Lunatic asylums Burma 1907-21 - 1907-1921
Year: 1907
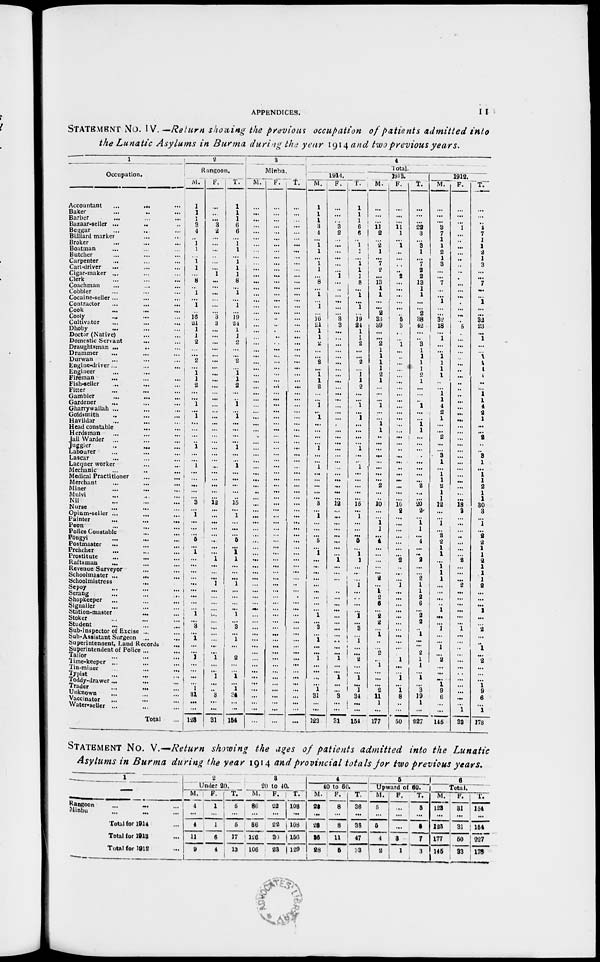
APPENDICES.
11
STATEMENT No. IV. —Return, showing the previous occupation of patients admitted into
the Lunatic Asylums in Burma during the year 1914 and two previous years.
1
Occupation.
Accountant
...
...
...
Baker
...
...
...
Barber ... ... ...
Bazaar-seller ... ... ...
Beggar ... ... ...
Billiard marker ... ...
Broker ... ... ...
Boatman ... ... ...
Butcher ... ... ...
Carpenter ... ... ...
Cart-driver ... ... ...
Cigar-maker ... ... ...
Clerk ... ... ...
Coachman
... ... ...
Cobbler
...
...
...
Cocaine-seller...
...
...
Contractor
...
...
...
Cook ... ... ...
Cooly
...
...
...
Cultivator
...
...
...
Dhoby
...
...
...
Doctor (Native) ... ...
Domestic Servant ... ...
Draughtsman ... ... ...
Drummer ... ... ...
Durwan
...
...
...
Engine-driver ... ... ...
Engineer ... ... ...
Fireman ... ... ...
Fish-seller ... ... ...
Fitter ... ... ...
Gambler ... ... ...
Gardener ... ... ...
Gharrywallah ... ... ...
Goldsmith ... ... ...
Havildar ... ... ...
Head constable ... ... ...
Herdsman ... ... ...
Jail Warder ... ... ...
Juggler ... ... ...
Labourer ... ... ...
Lascar ... ... ...
Lacquer worker ... ...
Mechanic ... ...
Medical Practitioner ... ...
Merchant
...
...
...
Miner ... ... ...
Mulvi ... ... ...
Nil ... ... ...
Nurse ... ... ...
Opium-seller ... ... ...
Painter ... ... ...
Peon ... ... ...
Police Constable ... ...
Pôngyi ... ... ...
Postmaster ... ... ...
Preacher ... ... ...
Prostitute ... ... ...
Raftsman ... ... ...
Revenue Surveyor ... ...
Schoolmaster ...
...
...
Schoolmistress ... ...
Sepoy ... ... ...
Serang
...
...
...
Shopkeeper
...
...
...
Signaller ... ... ...
Station-master
...
...
Stoker ... ... ...
Student ... ... ...
Sub-Inspector of Excise ...
Sub-Assistant Surgeon ...
...
Superintendent, Land Records ...
Superintendent of Police ... ...
Tailor ... ... ...
Time-keeper ... ... ...
Tin-miner ... ... ...
Typist ... ... ...
Toddy-drawer ... ... ...
Trader ... ... ...
Unknown ... ... ...
Vaccinator
...
...
...
Water-seller ... ... ...
Total ...
2
Rangoon.
M.
1
1
1
3
4
...
1
1
...
1
1
...
8
...
1
...
1
...
16
21
1
1
2
...
...
2
...
1
1
2
...
...
1
...
1
...
...
...
...
1
...
...
1
...
...
...
...
...
3
...
1
...
...
...
5
...
1
...
...
...
...
...
...
...
...
...
1
...
3
...
1
...
...
1
...
...
...
...
1
31
...
...
123
F.
...
...
...
3
2
...
...
...
...
...
...
1
...
...
...
...
...
...
3
3
...
...
...
...
...
...
...
...
...
...
...
...
...
...
...
...
...
...
...
...
...
...
...
...
...
...
...
...
12
...
...
...
...
...
...
...
...
1
...
...
...
1
...
...
...
...
...
...
...
...
...
...
...
1
...
...
1
...
...
3
...
...
31
T.
1
1
1
6
6
...
1
1
...
1
1
1
8
...
1
...
1
...
19
24
1
1
2
...
...
2
...
1
1
2
...
...
1
...
1
...
...
...
...
1
...
...
1
...
...
...
...
...
15
...
1
...
...
...
5
...
1
1
...
...
...
1
...
... ...
... 1
...
3
...
1
...
...
2
...
...
1
...
1
34
...
...
154
3
Minbu.
M.
...
...
...
...
...
...
...
...
...
...
...
...
...
...
...
...
...
...
...
...
...
...
...
...
...
...
...
...
...
...
...
...
...
...
...
...
...
...
...
...
...
...
...
...
...
...
...
...
...
...
...
...
...
...
...
...
...
...
...
...
...
...
...
...
...
...
...
...
...
...
...
...
...
...
...
...
...
...
...
...
...
...
...
F.
...
...
...
...
...
...
...
...
...
...
...
...
...
...
...
...
...
...
...
...
...
...
...
...
...
...
...
...
...
...
...
...
...
...
...
...
...
...
...
...
...
...
...
...
...
...
...
...
...
...
...
...
...
...
...
...
...
...
...
...
...
...
...
...
...
...
...
...
...
...
...
...
...
...
...
...
...
...
...
...
...
...
...
T.
...
...
...
...
...
...
...
...
...
...
...
...
...
...
...
...
...
...
...
...
...
...
...
...
...
...
...
...
...
...
...
...
...
...
...
...
...
...
...
...
...
...
...
...
...
...
...
...
...
...
...
...
...
...
...
...
...
...
...
...
...
...
...
...
...
...
...
...
...
...
...
...
...
...
...
...
...
...
...
...
...
...
...
4
Total.
1914.
M.
1
1
1
3
4
...
1
1
...
1 1
...
8
...
1
...
1
...
16 21
1
1
2
...
...
2
...
1
1
2
...
...
1
...
1
...
...
...
...
1
...
...
1
...
...
...
...
...
3
...
1
...
...
...
5
...
1
...
...
...
...
...
...
...
...
...
1
...
3
...
1
...
...
1
...
...
...
...
1
31
...
...
123
F.
...
...
...
3
2
...
...
...
...
...
...
1
...
...
...
...
...
...
3
3
...
...
...
...
...
...
...
...
...
...
...
...
...
...
...
...
...
...
...
...
...
...
...
...
...
...
...
...
12
...
...
...
...
...
...
...
...
1
...
...
...
...
...
...
...
...
...
...
...
...
...
...
...
1
...
...
1
...
...
3
...
...
31
T.
1
1
1
6
6
...
1
1
...
1
1
1
8
...
1
...
1
...
19
24
1
1
2
...
...
2
...
1
1
2
...
...
1
...
1
...
...
...
...
1
...
...
1
...
...
...
...
...
15
...
1
...
...
...
5
...
1 1
...
...
...
...
...
... ...
...
1
...
3
...
1
...
...
2
...
...
1
...
1
34
...
...
154
1913.
M.
...
...
...
11
2
...
1 1
...
7
2
...
13
1
1
...
...
2
33
39
...
...
2
1
1
1
1
2
1
...
...
...
1
...
...
1
1
...
...
...
...
...
...
...
...
2
...
...
10
...
...
1 1
...
4
...
...
...
...
...
2
...
1 2
6
...
2
2
...
1
...
...
2
...
1
...
...
...
2
11
1
...
177
F.
...
...
...
11
1
...
2
...
...
...
...
2
...
...
...
...
...
...
5
3
...
...
1
...
...
...
...
...
...
...
...
...
...
...
...
...
...
...
...
...
...
...
...
...
...
...
...
...
10 2
...
...
...
...
...
...
...
2
...
...
...
1
...
...
...
...
...
...
...
...
...
...
...
1
...
...
1
...
1
8
...
...
50
T.
...
...
...
22
3
...
3
1
...
7
2
2
13
1
1
...
...
2
38
42
...
...
3
1
1
1
1
2
1
...
...
...
1
...
...
1
1
...
...
...
...
...
...
...
...
2
...
...
20
2
...
1
1
...
4
...
...
2
...
...
2
1
1
2
6
...
2
2
...
1
...
...
2
1
1
...
1
...
3
19
1
...
227
1912.
M.
...
...
...
3
7
1
1
2
1
3
...
...
7
...
...
1
...
...
32
18
...
1
...
...
1
1
1
1
...
...
1
1
4
2
1
...
...
2
...
...
3
1
...
1
1
2
1
1
12
...
...
1
...
2
2
1
1
...
1
1
1
...
...
...
...
1
...
...
1
...
...
1
...
2
...
...
...
1
9
6
...
...
145
F.
...
...
...
1
...
...
...
...
...
...
...
...
...
...
...
...
...
...
...
5
...
...
...
...
...
...
...
...
...
...
...
...
...
...
...
...
...
...
...
...
...
...
...
...
...
...
...
...
18
3
...
...
...
...
...
...
...
2
...
...
...
2
...
...
...
...
...
...
1
...
...
...
...
...
...
...
...
...
...
...
...
1
33
T.
...
...
...
4
7
1
1
2
1
3
...
...
7
...
...
1
...
...
32
23
...
1
...
...
1
1
1
1
...
...
1
1
4
2
1
...
...
2
...
...
3
1
...
1 1
2
1
1
30
3
...
1
...
2
2
1
1
2 1
1
1
2
...
...
...
1
...
...
2
...
...
1
...
2
...
...
...
1 9
6
...
1
178
STATEMENT No. V.—Return showing the ages of patients admitted into the Lunatic
Asylums in Burma during the year 1914 and provincial totals for two previous years.
1
—
Rangoon
...
... ...
Minbu ... ... ...
Total for 1914 ...
Total for 1913 ...
Total for 1912 ...
2
Under 20.
M.
4
...
4
11
9
F.
1
...
1
6
4
T.
5
...
5
17
13
3
20 to 40.
M.
86
...
86
126
106
F.
22
...
22
30
23
T.
108
...
108
156
129
4
40 to 60.
M.
28
...
28
36
28
F.
8
...
8
11
5
T.
36
...
36
47
33
5
Upward of 60.
M.
5
...
5
4
2
F.
...
...
...
3
1
T.
5
...
5
7
3
6
Total.
M.
123
...
123
177
145
F.
31
...
31
50
33
T.
154
...
154
227
178